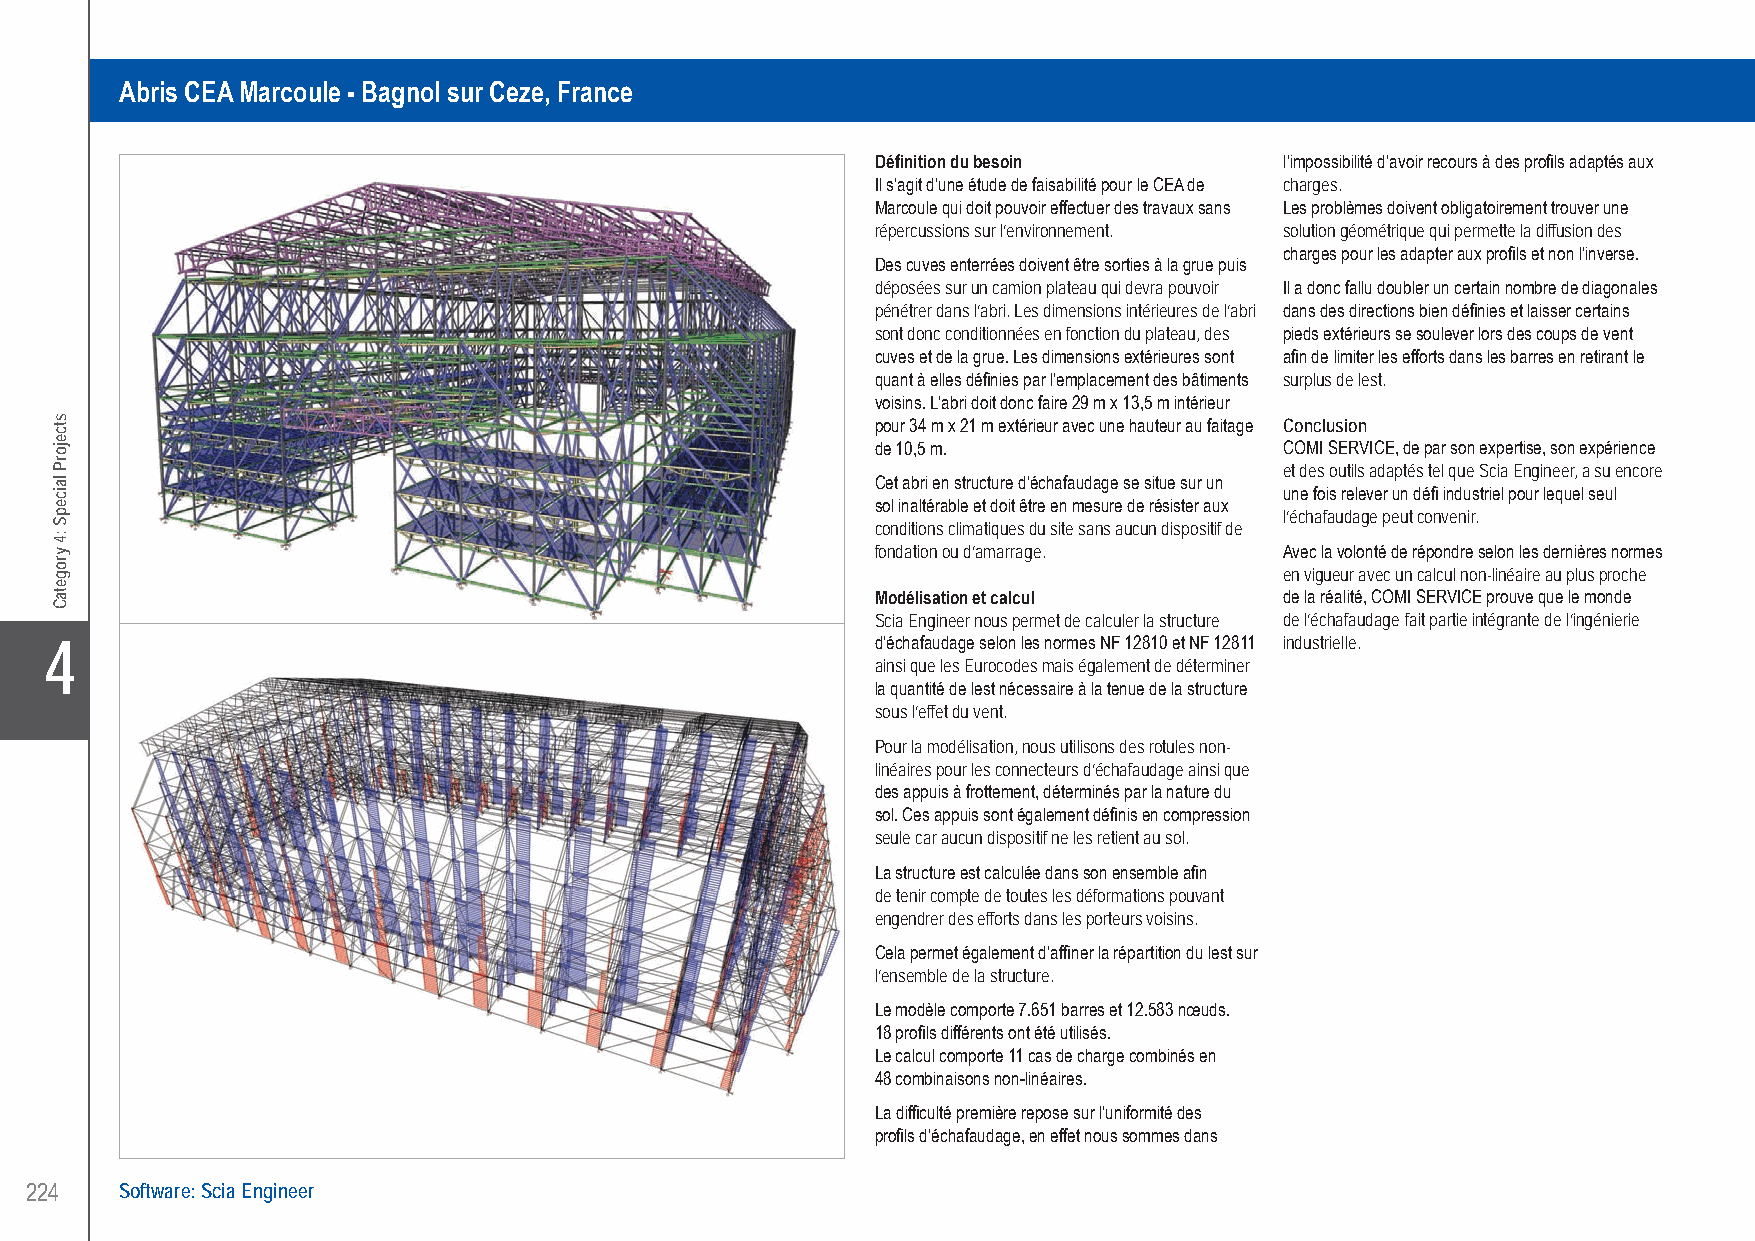
COMI SERVICE Scaffold above a Nuclear Power Plant of Marcoule - Bagnol sur Ceze, France
 Abris CEA Marcoule - Bagnol sur Ceze, France
 Définition du besoin       l’impossibilité d’avoir recours à des profils adaptés aux
 Il s’agit d’une étude de faisabilité pour le CEA de charges.
 Marcoule qui doit pouvoir effectuer des travaux sans Les problèmes doivent obligatoirement trouver une
 répercussions sur l’environnement. solution géométrique qui permette la diffusion des
 charges pour les adapter aux profils et non l’inverse.
 Des cuves enterrées doivent être sorties à la grue puis
 déposées sur un camion plateau qui devra pouvoir Il a donc fallu doubler un certain nombre de diagonales
 pénétrer dans l’abri. Les dimensions intérieures de l’abri dans des directions bien définies et laisser certains
 sont donc conditionnées en fonction du plateau, des pieds extérieurs se soulever lors des coups de vent
 cuves et de la grue. Les dimensions extérieures sont afin de limiter les efforts dans les barres en retirant le
 quant à elles définies par l’emplacement des bâtiments surplus de lest.
 voisins. L’abri doit donc faire 29 m x 13,5 m intérieur
 pour 34 m x 21 m extérieur avec une hauteur au faitage Conclusion
 de 10,5 m.                 COMI SERVICE, de par son expertise, son expérience
 et des outils adaptés tel que Scia Engineer, a su encore
 Cet abri en structure d’échafaudage se situe sur un
 une fois relever un défi industriel pour lequel seul
 sol inaltérable et doit être en mesure de résister aux
 l’échafaudage peut convenir.
 conditions climatiques du site sans aucun dispositif de
 fondation ou d’amarrage.   Avec la volonté de répondre selon les dernières normes
 en vigueur avec un calcul non-linéaire au plus proche
 Modélisation et calcul     de la réalité, COMI SERVICE prouve que le monde
 Scia Engineer nous permet de calculer la structure de l’échafaudage fait partie intégrante de l’ingénierie
 X4                                                     d’échafaudage selon les normes NF 12810 et NF 12811 industrielle.
 ainsi que les Eurocodes mais également de déterminer
 la quantité de lest nécessaire à la tenue de la structure
 sous l’effet du vent.
 Pour la modélisation, nous utilisons des rotules non-
 linéaires pour les connecteurs d’échafaudage ainsi que
 des appuis à frottement, déterminés par la nature du
 sol. Ces appuis sont également définis en compression
 seule car aucun dispositif ne les retient au sol.
 La structure est calculée dans son ensemble afin
 de tenir compte de toutes les déformations pouvant
 engendrer des efforts dans les porteurs voisins.
 Cela permet également d’affiner la répartition du lest sur
 l’ensemble de la structure.
 Le modèle comporte 7.651 barres et 12.583 nœuds.
 18 profils différents ont été utilisés.
 Le calcul comporte 11 cas de charge combinés en
 48 combinaisons non-linéaires.
 La difficulté première repose sur l’uniformité des
 profils d’échafaudage, en effet nous sommes dans
 224   Software: Scia Engineer
 UC-2013-Book-V8.indd 224                                                                                  7/11/2013 11:54:25 AM
 stcejorP
 laicepS
 :4
 yrogetaC